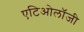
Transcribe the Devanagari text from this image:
एटिओलॉजी